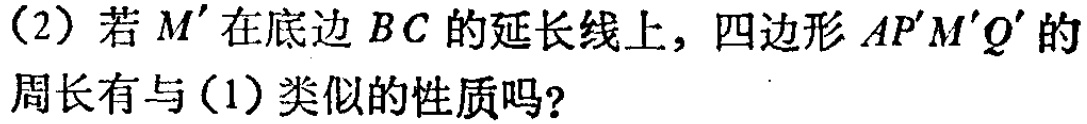
(2) 若 \(M'\) 在底边 \(BC\) 的延长线上，四边形 \(AP'M'Q'\) 的周长有与(1)类似的性质吗？